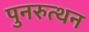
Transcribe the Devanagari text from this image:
पुनरुत्थन